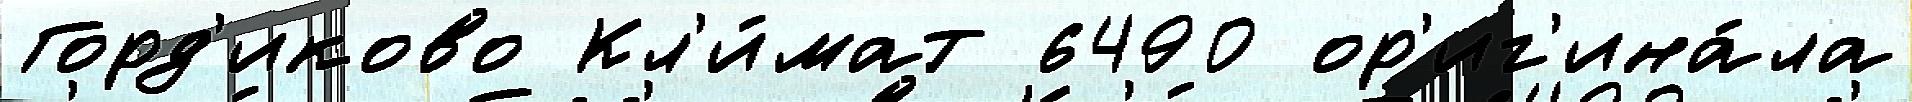
Горд'иково Кл'и́мат 6490 ор'иг'ина́ла